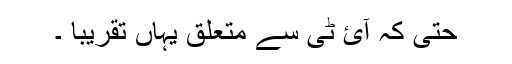
حتیَ کہ آئ ٹی سے متعلق یہاں تقریباََ ۔